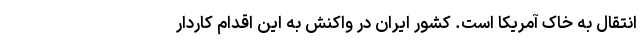
انتقال به خاک آمریکا است. کشور ایران ‌‌در واکنش به این اقدام کاردار